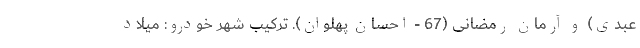
عبدی) و آرمان رمضانی (67 - احسان پهلوان). ترکیب شهر خودرو: میلاد